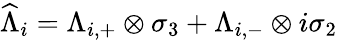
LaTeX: \widehat{\Lambda}_{i}=\Lambda_{i,+}\otimes\sigma_{3}+\Lambda_{i,-}\otimes i\sigma_{2}